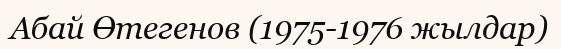
Абай Өтегенов (1975-1976 жылдар)